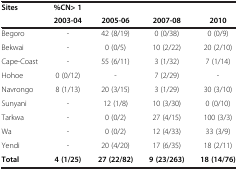
<table><thead><tr><td rowspan="2"><b>Sites</b></td><td><b>%CN&gt; 1</b></td><td><b> </b></td><td><b> </b></td><td><b> </b></td></tr><tr><td><b>2003-04</b></td><td><b>2005-06</b></td><td><b>2007-08</b></td><td><b>2010</b></td></tr></thead><tbody><tr><td>Begoro</td><td>-</td><td>42 (8/19)</td><td>0 (0/38)</td><td>0 (0/9)</td></tr><tr><td>Bekwai</td><td>-</td><td>0 (0/5)</td><td>10 (2/22)</td><td>20 (2/10)</td></tr><tr><td>Cape-Coast</td><td>-</td><td>55 (6/11)</td><td>3 (1/32)</td><td>7 (1/14)</td></tr><tr><td>Hohoe</td><td>0 (0/12)</td><td>-</td><td>7 (2/29)</td><td>-</td></tr><tr><td>Navrongo</td><td>8 (1/13)</td><td>20 (3/15)</td><td>3 (1/29)</td><td>30 (3/10)</td></tr><tr><td>Sunyani</td><td>-</td><td>12 (1/8)</td><td>10 (3/30)</td><td>0 (0/10)</td></tr><tr><td>Tarkwa</td><td>-</td><td>0 (0/2)</td><td>27 (4/15)</td><td>100 (3/3)</td></tr><tr><td>Wa</td><td>-</td><td>0 (0/2)</td><td>12 (4/33)</td><td>33 (3/9)</td></tr><tr><td>Yendi</td><td>-</td><td>20 (4/20)</td><td>17 (6/35)</td><td>18 (2/11)</td></tr><tr><td><b>Total</b></td><td><b>4 (1/25)</b></td><td><b>27 (22/82)</b></td><td><b>9 (23/263)</b></td><td><b>18 (14/76)</b></td></tr></tbody></table>